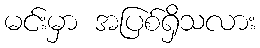
မင်းမှာ အပြစ်ရှိသလား